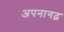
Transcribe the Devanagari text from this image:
अपनागढ़